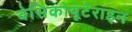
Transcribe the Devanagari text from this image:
वेसिकोयूटेराइन